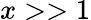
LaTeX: x>>1